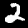
Label: 2